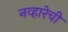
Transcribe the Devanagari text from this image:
नव्हारेची